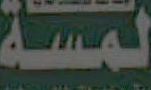
لمسة